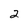
Character: 2